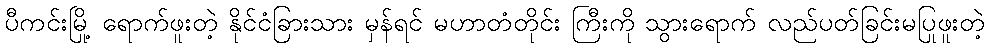
ပီကင်းမြို့ ရောက်ဖူးတဲ့ နိုင်ငံခြားသား မှန်ရင် မဟာတံတိုင်း ကြီးကို သွားရောက် လည်ပတ်ခြင်းမပြုဖူးတဲ့